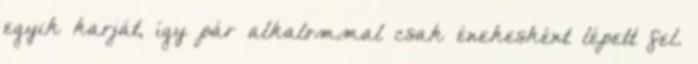
egyik karját, így pár alkalommal csak énekesként lépett fel.